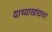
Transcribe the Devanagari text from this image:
याच्याखांद्यावर